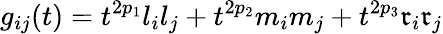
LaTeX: g_{ij}(t)=t^{2p_{1}}l_{i}l_{j}+t^{2p_{2}}m_{i}m_{j}+t^{2p_{3}}\mathfrak{r}_{i}\mathfrak{r}_{j}